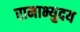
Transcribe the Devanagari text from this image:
रामाभ्युदय